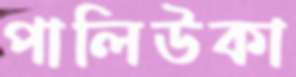
পালিউকা